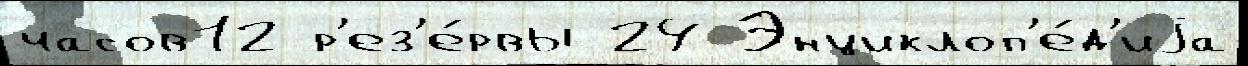
часов12 р'ез'е́рвы 24 Энциклоп'е́д'иjа